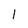
Character: 1